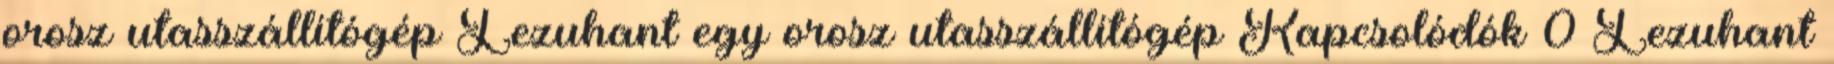
orosz utasszállítógép Lezuhant egy orosz utasszállítógép Kapcsolódók 0 Lezuhant